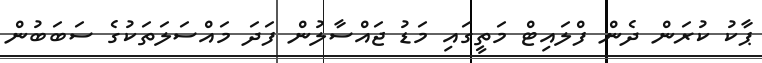
ޕާކު ކުރަން ދެން ފްލައިޓް މަތީގައި މަޑު ޖައްސާލުން ފަދަ މައްސަލަތަކުގެ ސަބަބުން